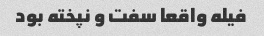
فیله واقعا سفت و نپخته بود